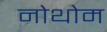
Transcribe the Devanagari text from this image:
नोथोम